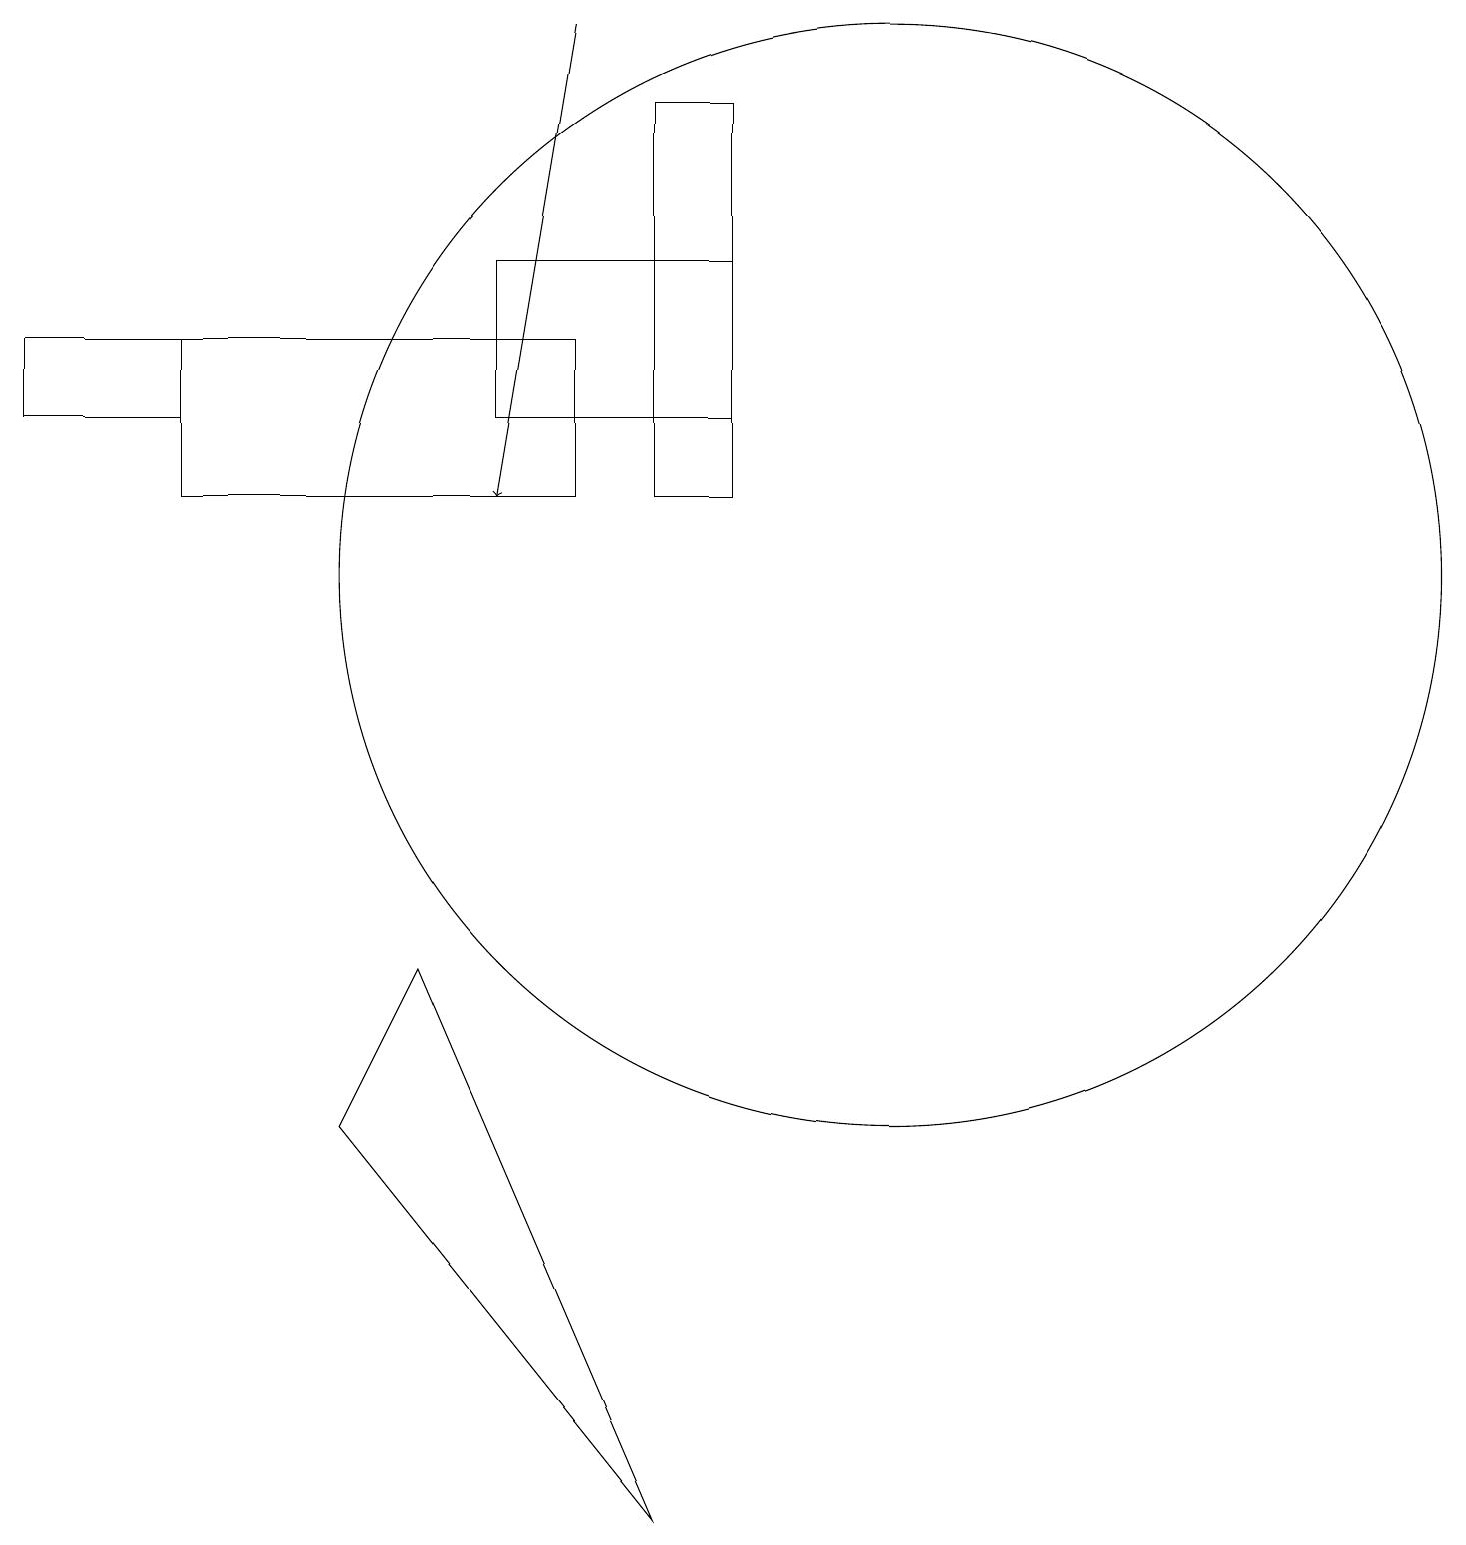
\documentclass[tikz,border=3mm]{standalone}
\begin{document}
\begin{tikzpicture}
\draw (8,18) rectangle (9,13);
\draw (2,13) rectangle (7,15);
\draw[->] (7,19) -- (6,13);
\draw (8,0) -- (4,5) -- (5,7) -- cycle;
\draw (11,12) circle (7);
\draw (2,14) rectangle (0,15);
\draw (6,16) rectangle (9,14);
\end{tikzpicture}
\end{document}